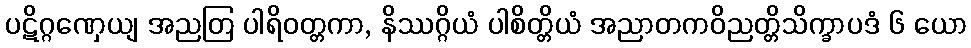
ပဋိဂ္ဂဏှေယျ အညတြ ပါရိဝတ္တကာ, နိဿဂ္ဂိယံ ပါစိတ္တိယံ အညာတကဝိညတ္တိသိက္ခာပဒံ ၆ ယော